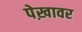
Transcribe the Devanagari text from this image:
पेख़ावर